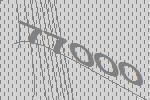
77000